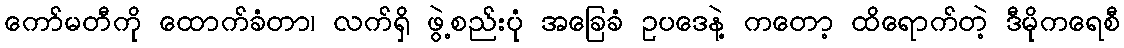
ကော်မတီကို ထောက်ခံတာ၊ လက်ရှိ ဖွဲ့စည်းပုံ အခြေခံ ဥပဒေနဲ့ ကတော့ ထိရောက်တဲ့ ဒီမိုကရေစီ